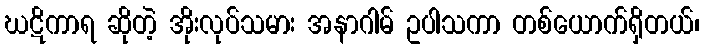
ဃဋိကာရ ဆိုတဲ့ အိုးလုပ်သမား အနာဂါမ် ဥပါသကာ တစ်ယောက်ရှိတယ်၊